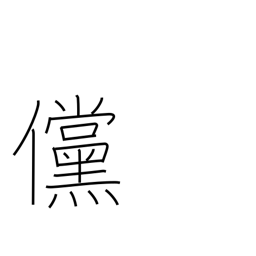
Meaning: if